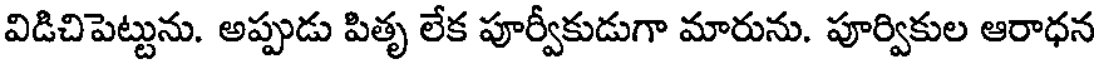
విడిచిపెట్టును. అప్పుడు పితృ లేక పూర్వీకుడుగా మారును. పూర్వికుల ఆరాధన